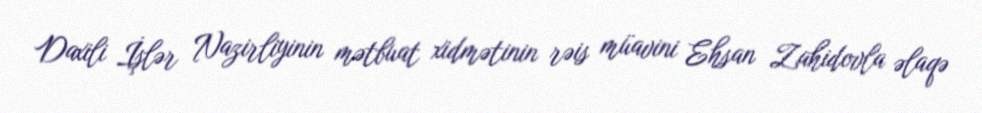
Daxili İşlər Nazirliyinin mətbuat xidmətinin rəis müavini Ehsan Zahidovla əlaqə